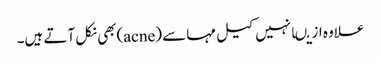
علاوہ ازیںانہیں کیل مہاسے (acne)بھی نکل آتے ہیں۔